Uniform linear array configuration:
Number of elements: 16
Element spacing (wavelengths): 0.5
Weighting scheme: binomial
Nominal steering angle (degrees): -45
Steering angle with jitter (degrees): -45.855
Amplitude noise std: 0.05
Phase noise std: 0.05

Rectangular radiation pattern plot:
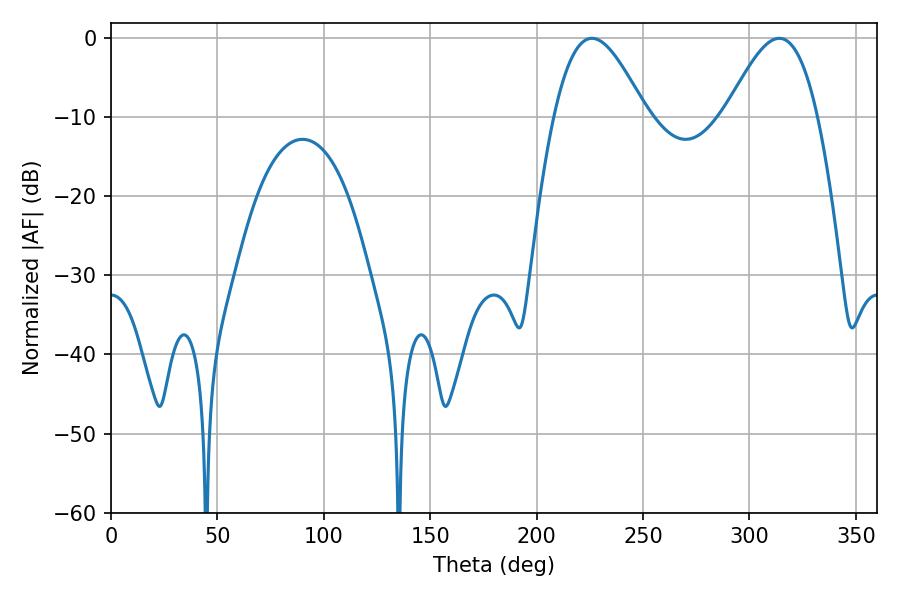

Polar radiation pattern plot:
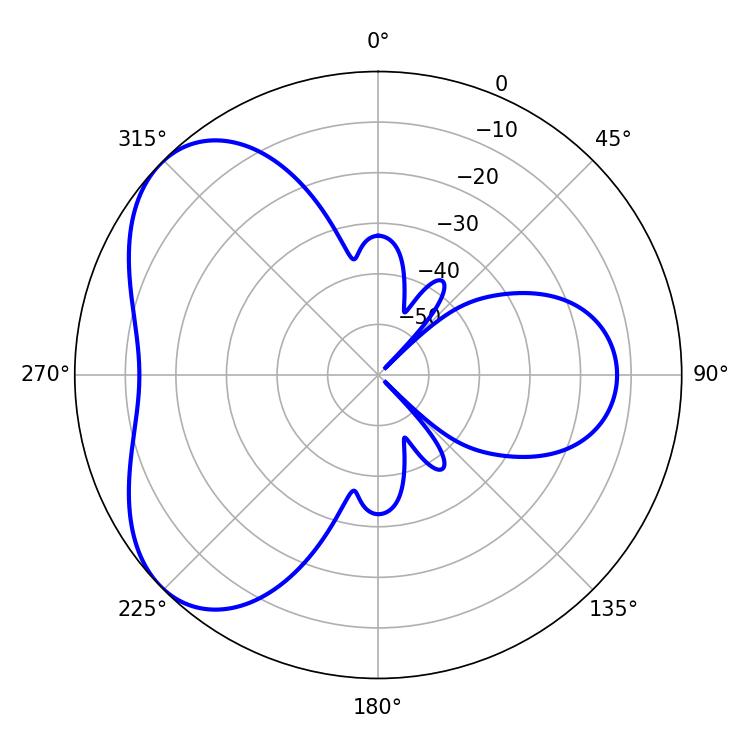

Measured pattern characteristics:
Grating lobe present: FALSE
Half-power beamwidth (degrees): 23.22
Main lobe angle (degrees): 226.08